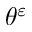
\theta ^ { \varepsilon }